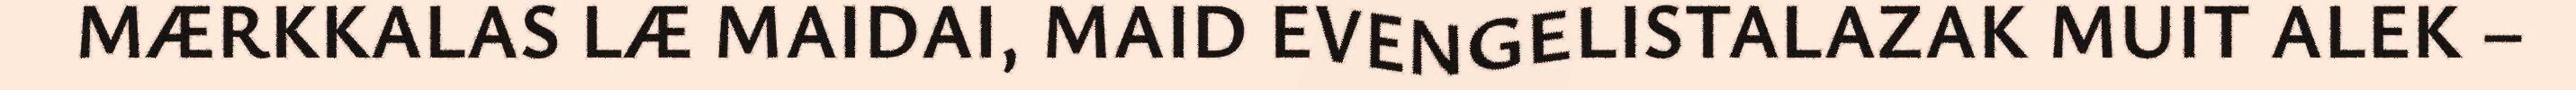
MÆRKKALAS LÆ MAIDAI, MAID EVENGELISTALAZAK MUIT ALEK –